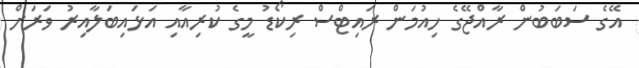
އޭގެ ސަބަބުން ރާއްޖޭގެ ހިއުމަން ރައިޓްސް ރިކޯޑު މީގެ ކުރިއާއި އަޅައިބަލާއިރު ވަރަށް